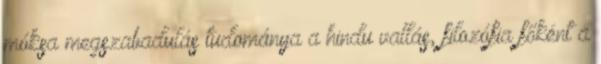
móksa megszabadulás tudománya a hindu vallás, filozófia főként a